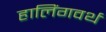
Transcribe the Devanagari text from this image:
हालिंगवर्थ